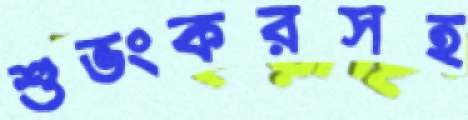
শুভংকরসহ